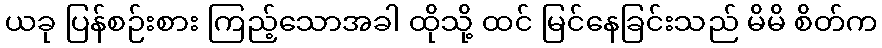
ယခု ပြန်စဉ်းစား ကြည့်သောအခါ ထိုသို့ ထင် မြင်နေခြင်းသည် မိမိ စိတ်က